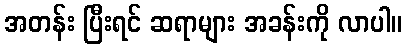
အတန်း ပြီးရင် ဆရာများ အခန်းကို လာပါ။